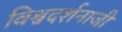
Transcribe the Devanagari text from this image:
विश्वदर्शनाजी